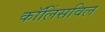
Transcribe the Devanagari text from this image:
कॉलिंसविल